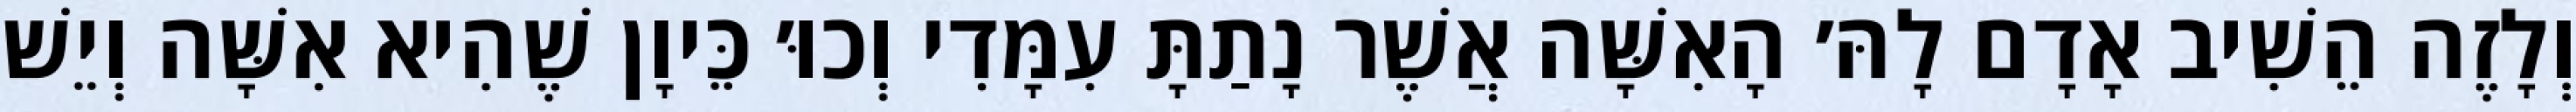
וְלָזֶה הֵשִׁיב אָדָם לָהּ׳ הָאִשָּׁה אֲשֶׁר נָתַתָּ עִמָּדִי וְכוּ׳ כֵּיוָן שֶׁהִיא אִשָּׁה וְיֵשׁ